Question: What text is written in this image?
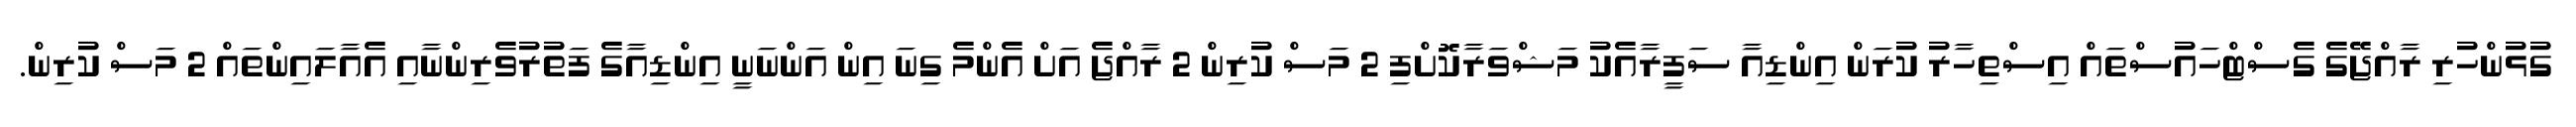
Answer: ގުޅުންހުރި ރާއްޖޭގެ ގެސްޓްހައުސްތައް އިސްތިހާރު ކުރަން އިންޑިއާ ސަފީރާއެކު މަޝްވަރާކޮށްފި 2 މަސް ކުރިން 2 ރާއްޖެ އަށް އެންމެ ގިނަ އިން އަންނަނީ އިންޑިއާގެ ފަތުރުވެރިންނާއި އެއާލައިންތައް 2 މަސް ކުރިން.